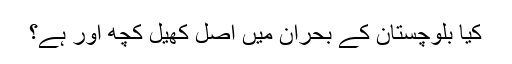
کیا بلوچستان کے بحران میں اصل کھیل کچھ اور ہے؟